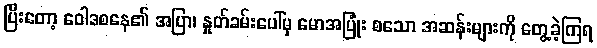
ပြီးတော့ ဝေါဒစနေ၏ အပြာ၊ နှုတ်ခမ်းပေါ်မှ မောအပြုံး စသော အဆန်းများကို တွေ့ခဲ့ကြရ